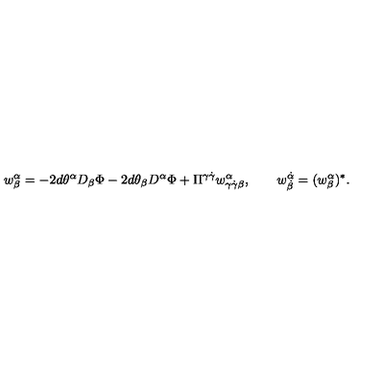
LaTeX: { w } _ { \beta } ^ { \alpha } = - 2 d \theta ^ { \alpha } D _ { \beta } \Phi - 2 d \theta _ { \beta } D ^ { \alpha } \Phi + \Pi ^ { \gamma \dot { \gamma } } w _ { \gamma \dot { \gamma } \beta } ^ { \alpha } , \qquad w _ { \dot { \beta } } ^ { \dot { \alpha } } = ( w _ { \beta } ^ { \alpha } ) ^ { * } .